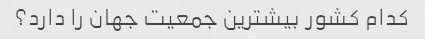
کدام کشور بیشترین جمعیت جهان را دارد؟